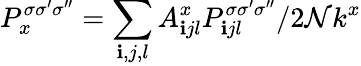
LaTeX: P_{x}^{\sigma\sigma^{\prime}\sigma^{\prime\prime}}=\sum_{\mathbf{i},j,l}A_{\mathbf{i}jl}^{x}P_{\mathbf{i}jl}^{\sigma\sigma^{\prime}\sigma^{\prime\prime}}/2\mathcal{N}k^{x}